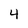
Character: 4